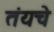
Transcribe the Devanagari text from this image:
तंयचे